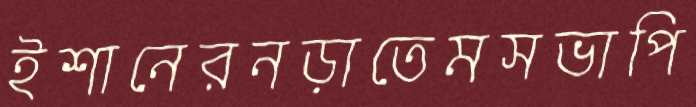
ইশানেরনড়াতেমসভাপি